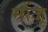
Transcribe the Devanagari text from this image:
मोंजू